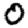
Digit: 0